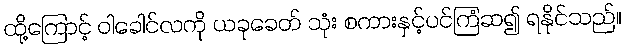
ထို့ကြောင့် ဝါခေါင်လကို ယခုခေတ် သုံး စကားနှင့်ပင်ကြံဆ၍ ရနိုင်သည်။